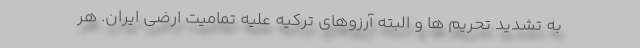
به تشدید تحریم ها و البته آرزوهای ترکیه علیه تمامیت ارضی ایران. هر